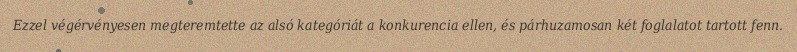
Ezzel végérvényesen megteremtette az alsó kategóriát a konkurencia ellen, és párhuzamosan két foglalatot tartott fenn.